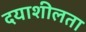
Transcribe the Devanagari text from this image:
दयाशीलता